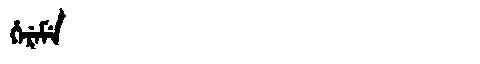
Manchu: ᡥᡝᡵᡝᠮᡝ
Romanization: HEREME